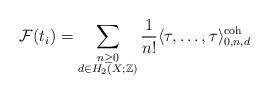
LaTeX: \begin{align*} \mathcal{F}(t_i) = \sum_{\substack{n \geq 0 \\d \in H_2(X;\mathbb{Z})}} \frac{1}{n!} \langle \tau, \dots, \tau \rangle^\textnormal{coh}_{0,n,d} \end{align*}